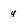
Character: y